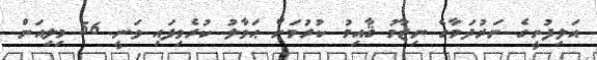
އަލިފުށީގެ ނަރުދަމާގެ ނިޒާމު ޤާއިމު ކުރުމަށް ޙަވާލު ކުރެވިފައި ވަނީ 56 މިލިއަން